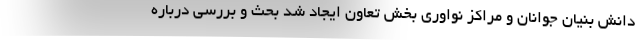
دانش بنیان جوانان و مراکز نواوری بخش تعاون ایجاد شد بحث و بررسی درباره